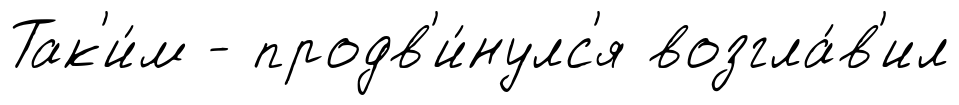
Так'и́м - продв'и́нулс'я возгла́в'ил